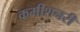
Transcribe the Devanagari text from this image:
कमीशनरी